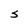
Character: S